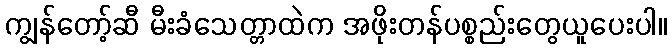
ကျွန်တော့်ဆီ မီးခံသေတ္တာထဲက အဖိုးတန်ပစ္စည်းတွေယူပေးပါ။